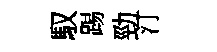
馭踢勁汀